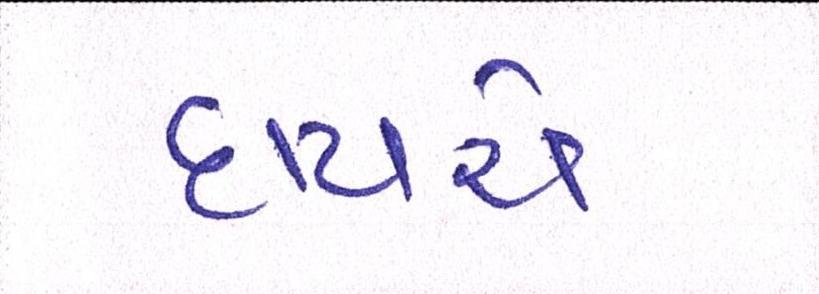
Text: દાયચે